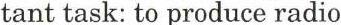
tant task: to produce radio